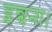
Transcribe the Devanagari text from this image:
इन्चना।